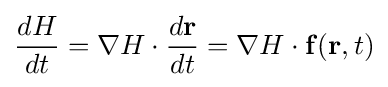
{\frac {dH}{dt}}=\nabla H\cdot {\frac {d\mathbf {r} }{dt}}=\nabla H\cdot \mathbf {f} (\mathbf {r} ,t)